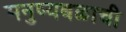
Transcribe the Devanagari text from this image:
मनुष्यबळाची